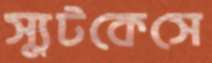
স্যুটকেসে